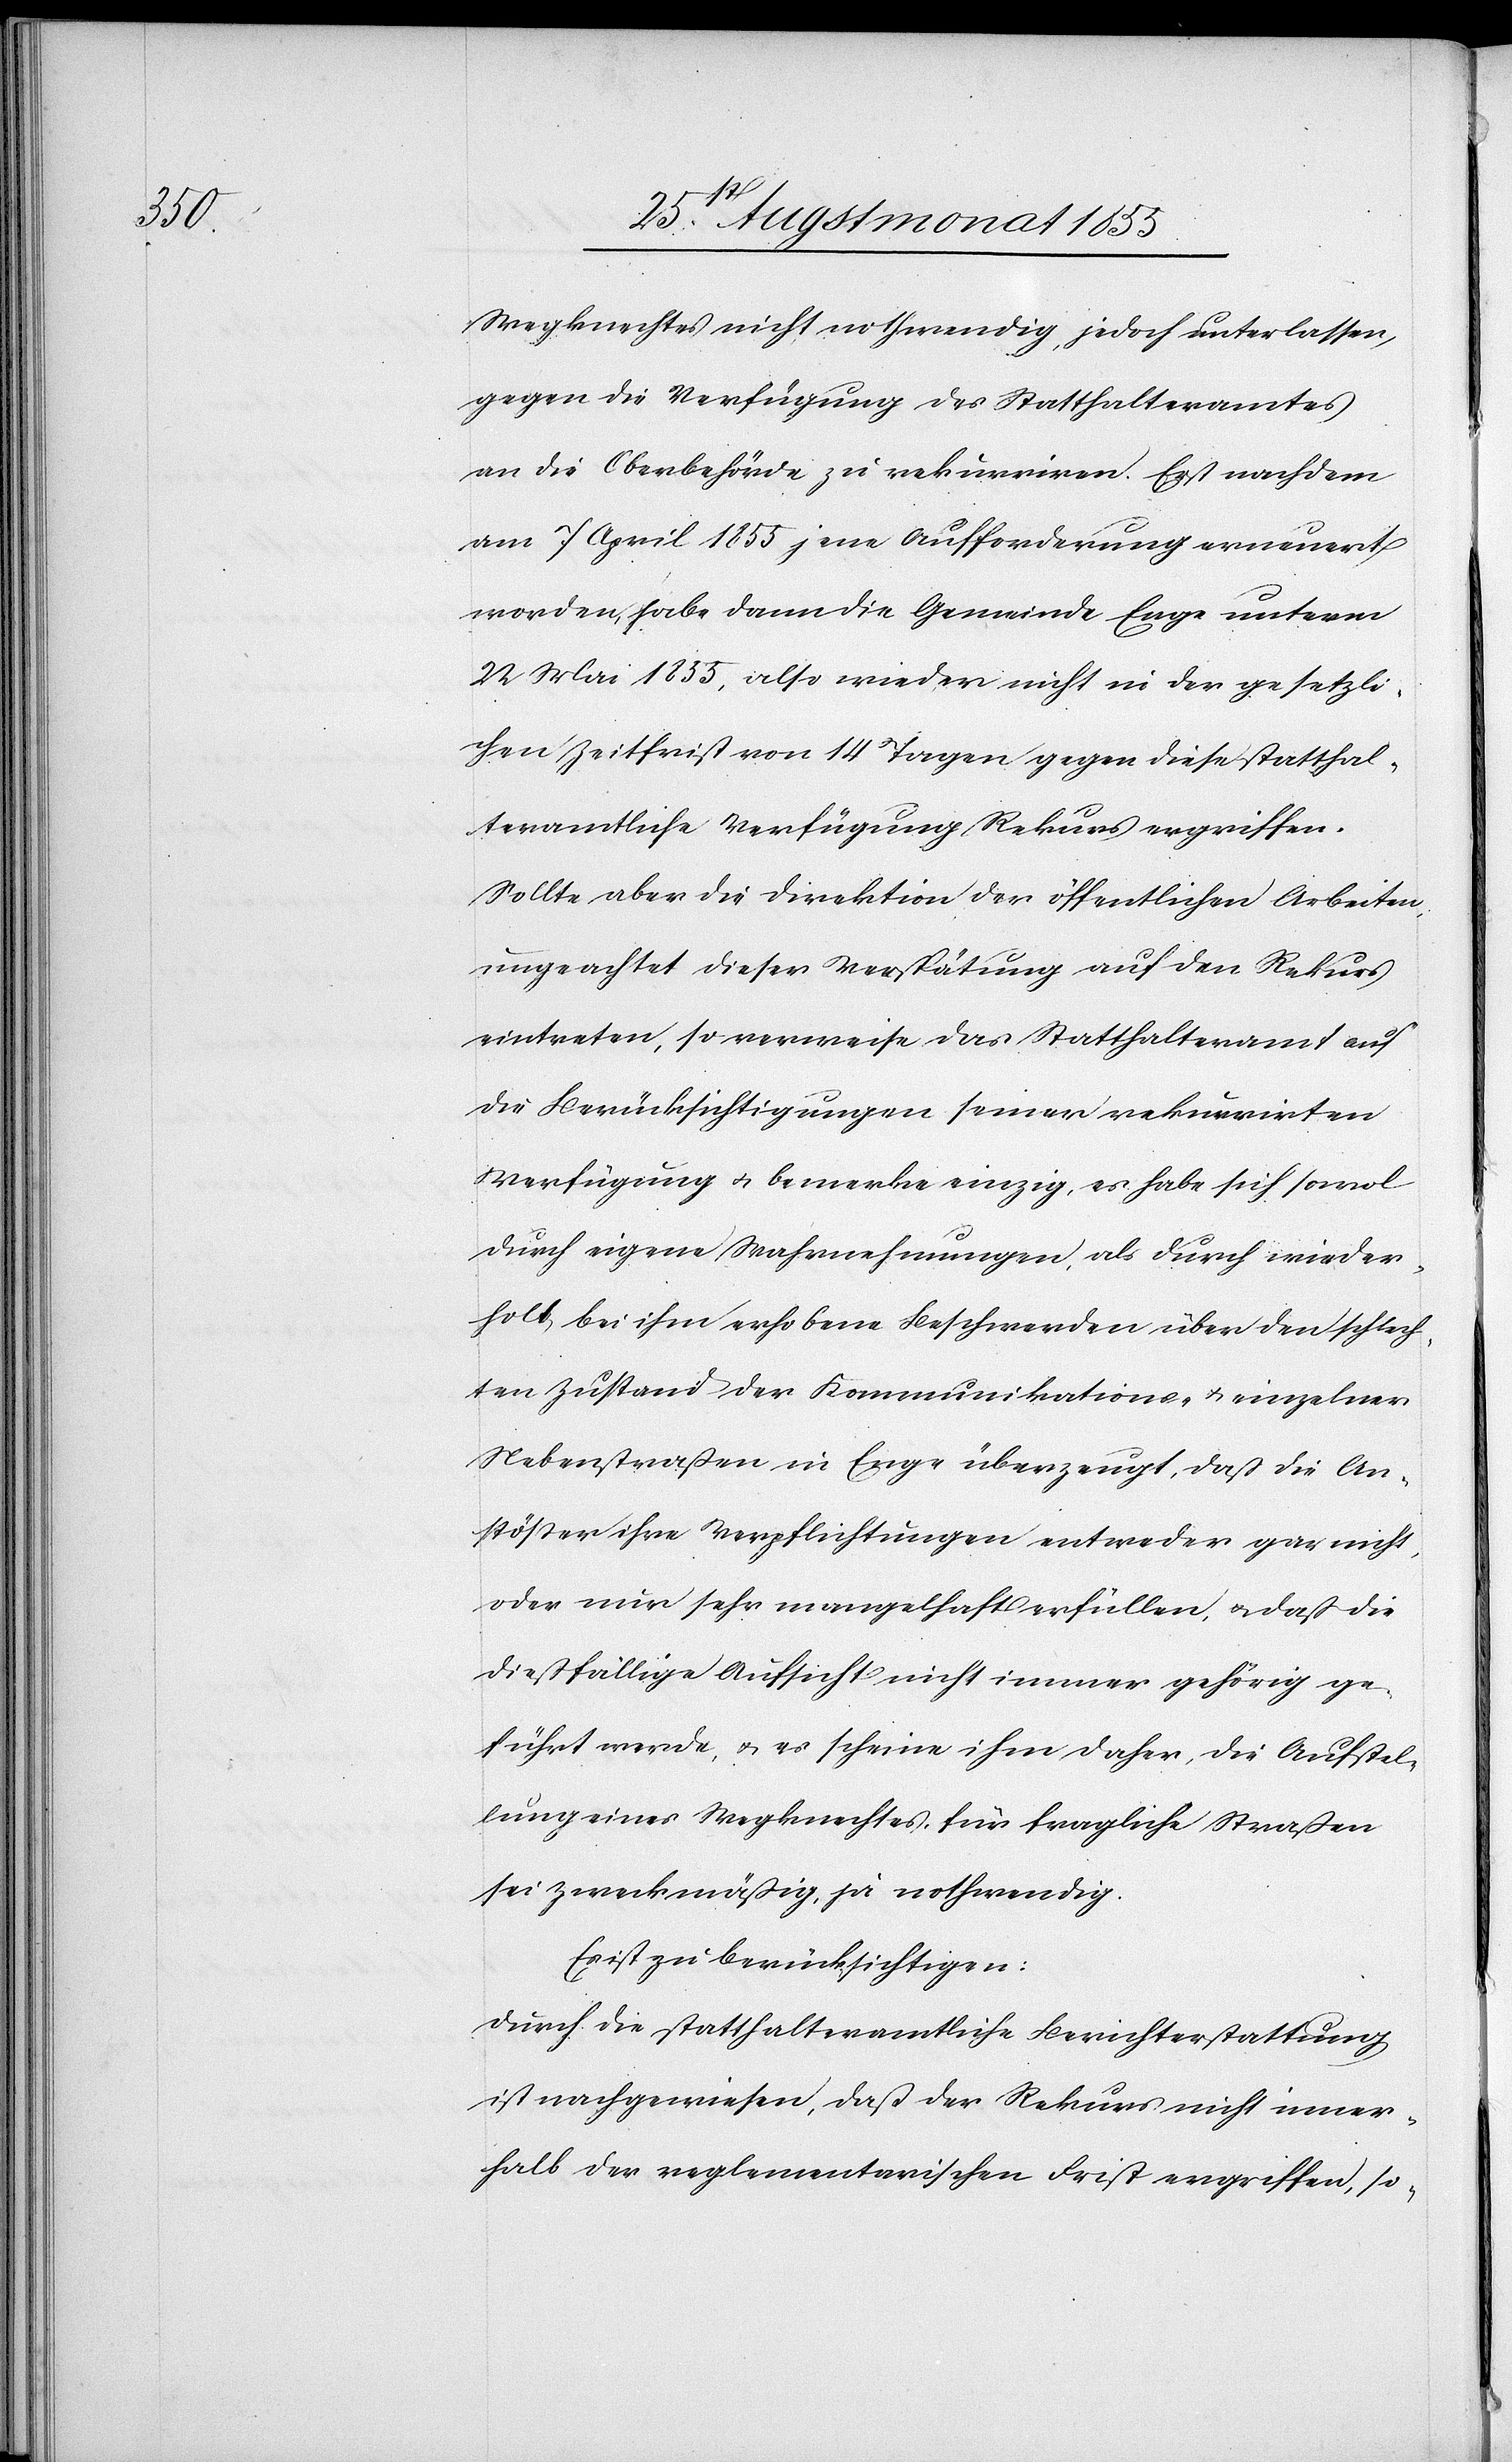
Wegknechtes nicht nothwendig, jedoch unterlassen,
gegen die Verfügung des Statthalteramtes
an die Oberbehörde zu rekurriren. Erst nachdem
am 7 April 1855 jene Aufforderung erneuert
worden, habe dann die Gemeinde Enge unterm
22 Mai 1855, also wieder nicht in der gesetzli¬
chen Zeitfrist von 14 Tagen gegen diese statthal¬
teramtliche Verfügung Rekurs ergriffen.
Sollte aber die Direktion der öffentlichen Arbeiten,
ungeachtet dieser Verspätung auf den Rekurs
eintreten, so verweise das Statthalteramt auf
die Berücksichtigungen seiner rekurrirten
Verfügung & bemerke einzig, es habe sich sowol
durch eigene Wahrnehmungen, als durch wieder¬
holt bei ihm erhobene Beschwerden über den schlech¬
ten Zustand der Kommunikations- & einzelner
Nebenstraßen in Enge überzeugt, daß die An¬
stößer ihre Verpflichtungen entweder gar nicht,
oder nur sehr mangelhaft erfüllen, & daß die
dießfällige Aufsicht nicht immer gehörig ge¬
führt werde, & es scheine ihm daher, die Aufstel¬
lung eines Wegknechtes für fragliche Straßen
sei zweckmäßig, ja nothwendig.
Es ist zu berücksichtigen:
Durch die statthalteramtliche Berichterstattung
ist nachgewiesen, daß der Rekurs nicht inner¬
halb der reglementarischen Frist ergriffen, so-